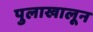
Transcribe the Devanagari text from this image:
पुलाखालून